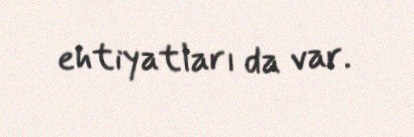
ehtiyatları da var.